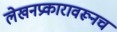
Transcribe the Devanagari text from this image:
लेखनप्रकारावरूनच